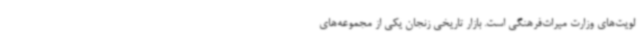
لویت‌های وزارت میراث‌فرهنگی است. بازار تاریخی زنجان یکی از مجموعه‌های